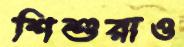
শিশুরাও